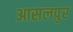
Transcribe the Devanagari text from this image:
आसलपुर